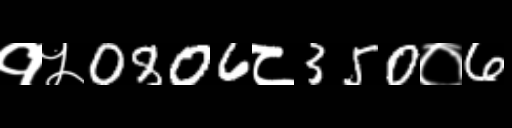
Text: १५0806८350०6